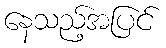
နေသည့်အပြင်